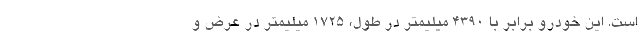
است. این خودرو برابر با 4390 میلیمتر در طول، 1725 میلیمتر در عرض و